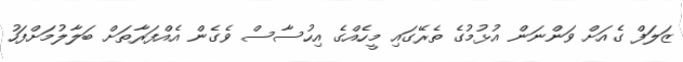
ޒަލަފް ގެއަށް ވަންނަން އުޅުމުގެ ތެރޭގައި މީހެއްގެ އިހުސާސް ވެގެން އެއްފަރާތަށް ބަލާލުމަށްފަހު